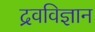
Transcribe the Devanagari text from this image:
द्रवविज्ञान